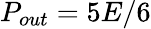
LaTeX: P_{out}=5E/6